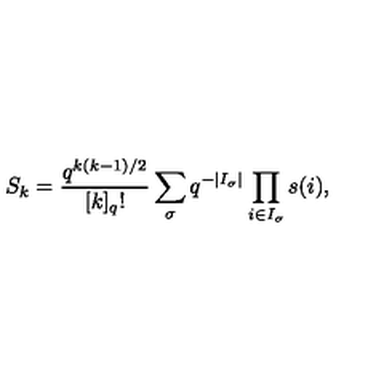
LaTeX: S _ { k } = \frac { q ^ { k ( k - 1 ) / 2 } } { [ k ] _ { q } ! } \sum _ { \sigma } q ^ { - | I _ { \sigma } | } \prod _ { i \in I _ { \sigma } } s ( i ) ,